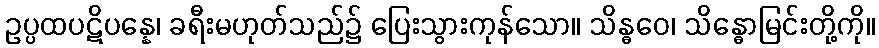
ဥပ္ပထပဋိပန္နေ၊ ခရီးမဟုတ်သည်၌ ပြေးသွားကုန်သော။ သိန္ဓဝေ၊ သိန္ဓောမြင်းတို့ကို။